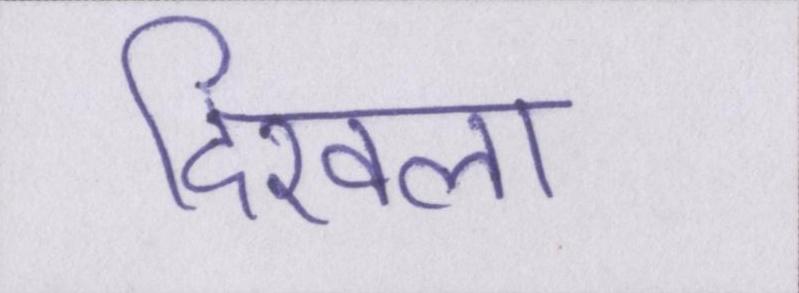
दिखला